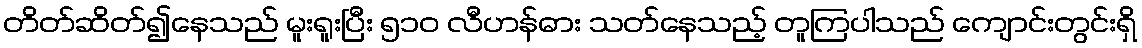
တိတ်ဆိတ်၍နေသည် မူးရူးပြီး ၅၁၀ လီဟန်ဓား သတ်နေသည့် တူကြပါသည် ကျောင်းတွင်းရှိ